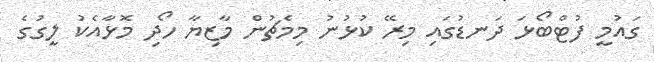
ގައުމީ ފުޓްބޯޅަ ދަނޑުގައި މިރޭ ކުޅުނު މިމެޗުން މާޒިޔާ ހޯދި މޮޅާއެކު ލީގުގެ